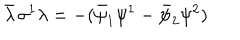
\bar { \lambda } \, \sigma ^ { 1 } \lambda = - ( \bar { \psi } _ { 1 } \psi ^ { 1 } - \bar { \psi } _ { 2 } \psi ^ { 2 } )